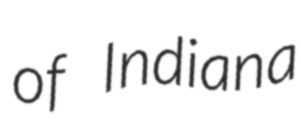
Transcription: of Indiana